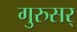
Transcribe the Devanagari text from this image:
गुरुसर्